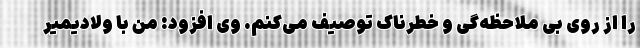
را از روی بی ملاحظه‌گی و خطرناک توصیف می‌کنم. وی افزود: من با ولادیمیر